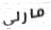
مارلي